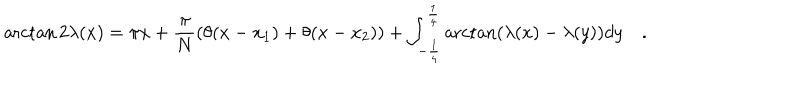
\operatorname { a r c t a n } 2 \lambda ( x ) = \pi x + \frac { \pi } { N } ( \theta ( x - x _ { 1 } ) + \theta ( x - x _ { 2 } ) ) + \int _ { - \frac { 1 } { 4 } } ^ { \frac { 1 } { 4 } } \operatorname { a r c t a n } ( \lambda ( x ) - \lambda ( y ) ) d y \quad .